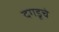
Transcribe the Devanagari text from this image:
दगडूचे